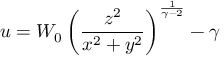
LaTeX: u = W _ { 0 } \left( { \frac { z ^ { 2 } } { x ^ { 2 } + y ^ { 2 } } } \right) ^ { \frac { 1 } { \gamma - 2 } } - \gamma